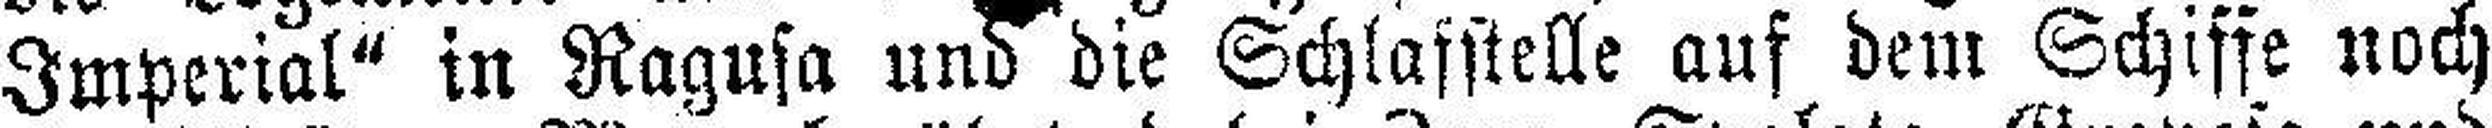
Imperial“ in Ragusa und die Schlafstelle auf dem Schifft noch